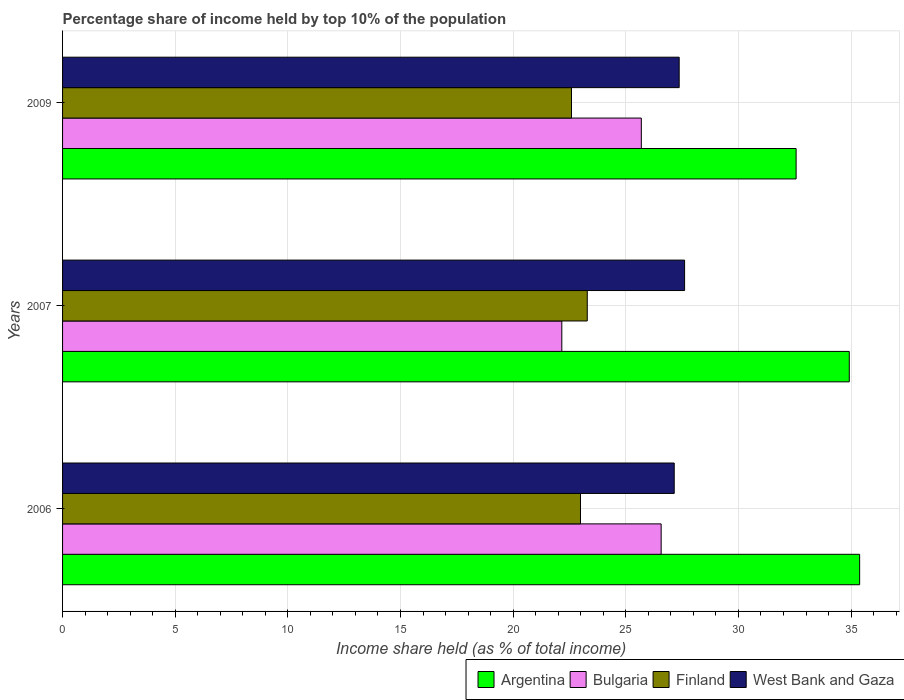
| Years | Argentina | Bulgaria | Finland | West Bank and Gaza |
 | --- | --- | --- | --- | --- |
 | 2006 | 35.4 | 26.6 | 23 | 27.1 |
 | 2007 | 34.9 | 22.2 | 23.3 | 27.6 |
 | 2009 | 32.6 | 25.7 | 22.6 | 27.4 |